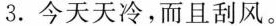
3.今天天冷,而且刮风。